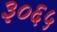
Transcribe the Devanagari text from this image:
३०६५